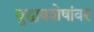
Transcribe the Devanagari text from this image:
बुद्धावशेषांवर